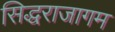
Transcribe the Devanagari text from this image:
सिद्धराजागम